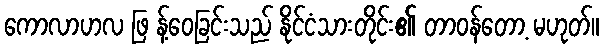
ကောလာဟလ ဖြ န့်ဝေခြင်းသည် နိုင်ငံသားတိုင်း၏ တာဝန်တော့ မဟုတ်။